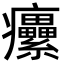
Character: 癳